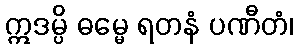
ဣဒမ္ပိ ဓမ္မေ ရတနံ ပဏီတံ၊